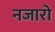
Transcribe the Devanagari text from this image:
नजारो